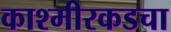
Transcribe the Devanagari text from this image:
काश्मीरकडचा